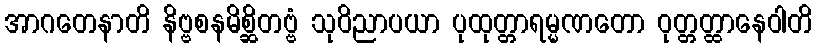
အာဂတေနာတိ နိဗ္ဗစနမိစ္ဆိတဗ္ဗံ သုဝိညာပယာ ပုထုတ္တာရမ္မဏတော ဝုတ္တတ္ထာနေဝါတိ